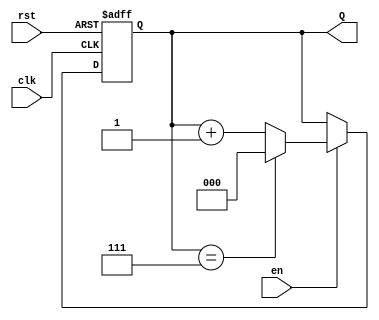
module UpCounterWithEnable #(
    parameter MAX_COUNT = 7  // Maximum count value (for a 3-bit counter, this is 7)
)(
    input wire clk,          // Clock signal
    input wire en,          // Enable signal
    input wire rst,         // Asynchronous reset signal
    output reg [2:0] Q      // 3-bit output for the counter
);

// Always block triggered on the rising edge of the clock
always @(posedge clk or posedge rst) begin
    if (rst) begin
        Q <= 3'b000;  // Reset the counter to zero
    end else if (en) begin
        if (Q == MAX_COUNT) begin
            Q <= 3'b000; // Wrap around to zero when maximum count is reached
        end else begin
            Q <= Q + 1;  // Increment the counter
        end
    end
    // If enable is low, retain current value of Q
end

endmodule